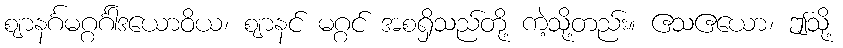
ဈာနင်္ဂမဂ္ဂင်္ဂါဒယောဝိယ၊ ဈာနင် မဂ္ဂင် အစရှိသည်တို့ ကဲ့သို့တည်း။ ဧသဧယော၊ ဤသို့